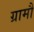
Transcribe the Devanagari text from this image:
ग्रामौं